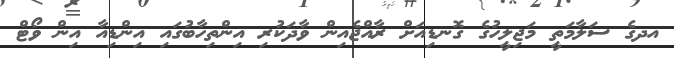
އދގެ ސަލާމަތީ މަޖިލީހުގެ ގޮނޑިއަށް ރާއްޖެއިން ވާދަކުރި އިންތިހާބުގައި އިންޑިއާ އިން ވޯޓް